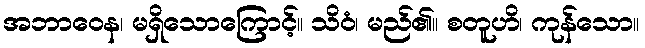
အဘာဝေန၊ မရှိသောကြောင့်။ သိဝံ၊ မည်၏။ စတူဟိ၊ ကုန်သော။